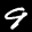
Label: 9